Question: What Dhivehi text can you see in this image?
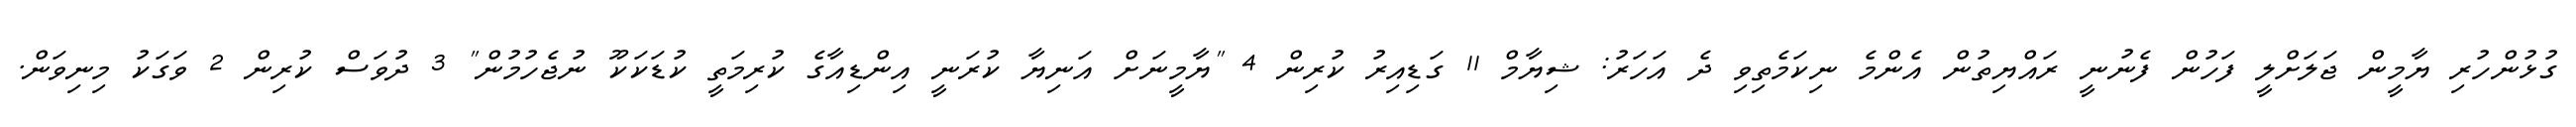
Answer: ގުޅުންހުރި ޔާމީން ޖަލަށްލީ ފަހުން ފެނުނީ ރައްޔިތުން އެންމެ ނިކަމެތިވި ދެ އަހަރު: ޝިޔާމް 11 ގަޑިއިރު ކުރިން 4 "ޔާމީނަށް އަނިޔާ ކުރަނީ އިންޑިއާގެ ކުރިމަތީ ކުޑަކަކޫ ނުޖެހުމުން" 3 ދުވަސް ކުރިން 2 ވަގަކު މިނިވަން.